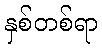
နှစ်တစ်ရာ